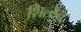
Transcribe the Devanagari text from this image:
शिल्टन